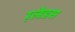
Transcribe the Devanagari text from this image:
ग़्लेडस